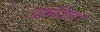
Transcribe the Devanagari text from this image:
आमंत्रित।